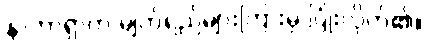
နာတာရှာက မျက်ရည်များကြားမှ ပြုံးလိုက်၏။